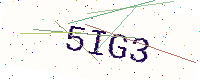
Text: 5IG3